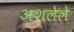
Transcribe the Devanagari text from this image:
अशलेले